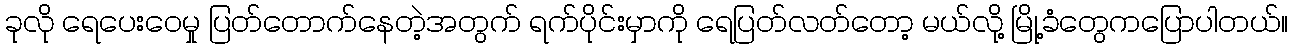
ခုလို ရေပေးဝေမှု ပြတ်တောက်နေတဲ့အတွက် ရက်ပိုင်းမှာကို ရေပြတ်လတ်တော့ မယ်လို့ မြို့ခံတွေကပြောပါတယ်။